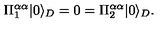
\Pi _ { 1 } ^ { \alpha \alpha } | 0 \rangle _ { D } = 0 = \Pi _ { 2 } ^ { \alpha \alpha } | 0 \rangle _ { D } . \,